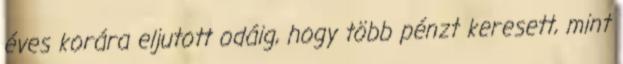
éves korára eljutott odáig, hogy több pénzt keresett, mint